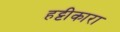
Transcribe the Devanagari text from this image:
हट्टीकारा